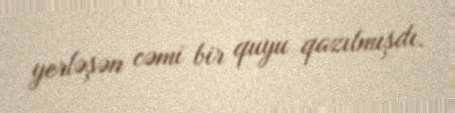
yerləşən cəmi bir quyu qazılmışdı.